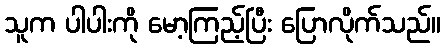
သူက ပါပါးကို မော့ကြည့်ပြီး ပြောလိုက်သည်။